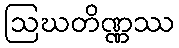
ဩဃတိဏ္ဏဿ